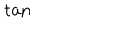
LaTeX: \tan